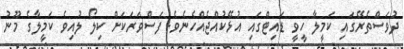
ދުވަސްތެރޭގައި ކަމީލާ ހީވީ ޑައިޓްގައި އުޅޭކުއްޖެއްހެނެވެ. ފަސްވަރަކަށް ކިލޯ ލުއިވެ ކަމީލާގެ މޫނު